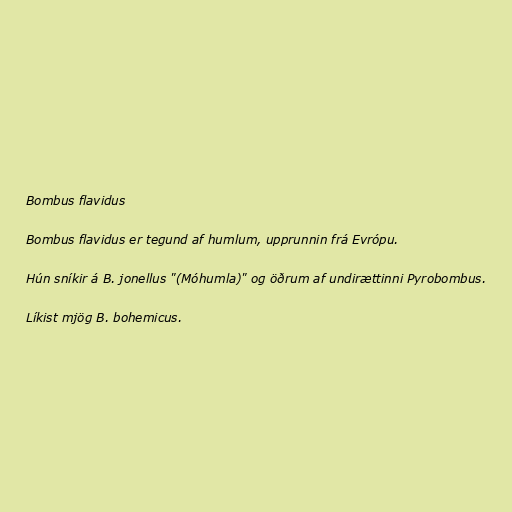
Bombus flavidus

Bombus flavidus er tegund af humlum, upprunnin frá Evrópu.

Hún sníkir á B. jonellus "(Móhumla)" og öðrum af undirættinni Pyrobombus.

Líkist mjög B. bohemicus.